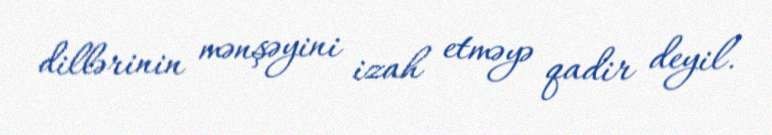
dillərinin mənşəyini izah etməyə qadir deyil.